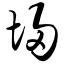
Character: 埽